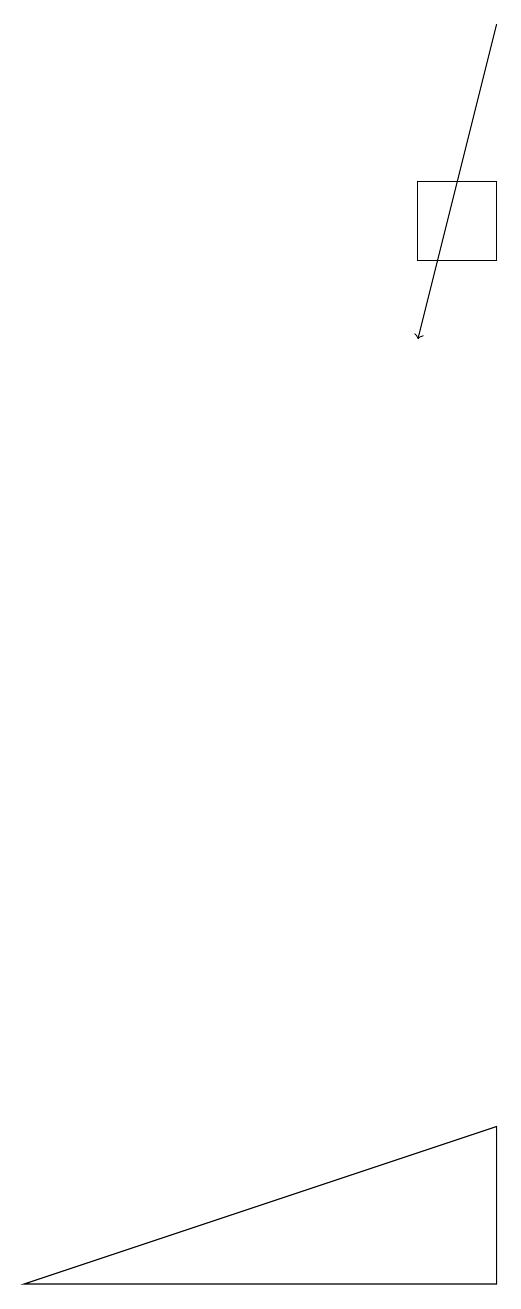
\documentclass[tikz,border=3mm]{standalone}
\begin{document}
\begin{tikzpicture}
\draw (6,15) rectangle (7,16);
\draw (7,4) -- (1,2) -- (7,2) -- cycle;
\draw[->] (7,18) -- (6,14);
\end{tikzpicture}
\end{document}